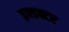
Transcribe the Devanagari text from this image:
इन्डक्टर